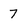
Character: 7